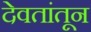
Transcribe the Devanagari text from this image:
देवतांतून